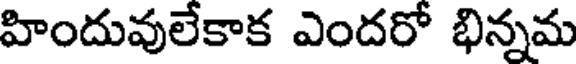
హిందువులేకాక ఎందరో భిన్నమ